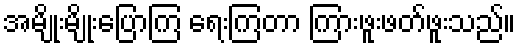
အမျိုးမျိုးပြောကြ ရေးကြတာ ကြားဖူးဖတ်ဖူးသည်။